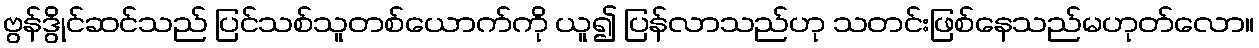
ဗွန်ဒွိုင်ဆင်သည် ပြင်သစ်သူတစ်ယောက်ကို ယူ၍ ပြန်လာသည်ဟု သတင်းဖြစ်နေသည်မဟုတ်လော။